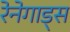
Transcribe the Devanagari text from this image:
रेनेगाड्स